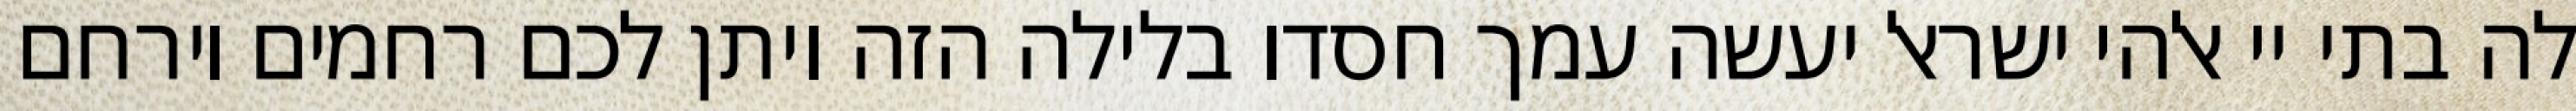
לה בתי יי אלהי ישראל יעשה עמך חסדו בלילה הזה ויתן לכם רחמים וירחם